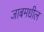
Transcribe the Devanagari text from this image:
जाबमधील